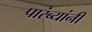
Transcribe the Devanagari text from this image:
पारंब्यांनी